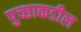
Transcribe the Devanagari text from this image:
पुच्छाकडील